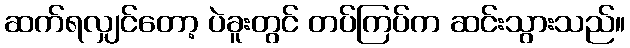
ဆက်ရလျှင်တော့ ပဲခူးတွင် တပ်ကြပ်က ဆင်းသွားသည်။